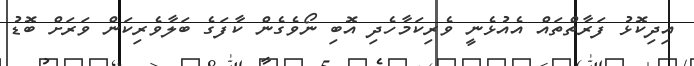
އިދިކޮޅު ފަރާތްތައް އެއުޅެނީ ވެރިކަމާހެދި އޮބި ނޯވެގެން ކާފަގެ ބަލާވެރިކަން ވަރަށް ބޮޑު